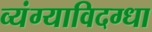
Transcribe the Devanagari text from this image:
व्यंग्याविदग्धा